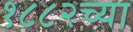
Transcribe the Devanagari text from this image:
१८८२च्या